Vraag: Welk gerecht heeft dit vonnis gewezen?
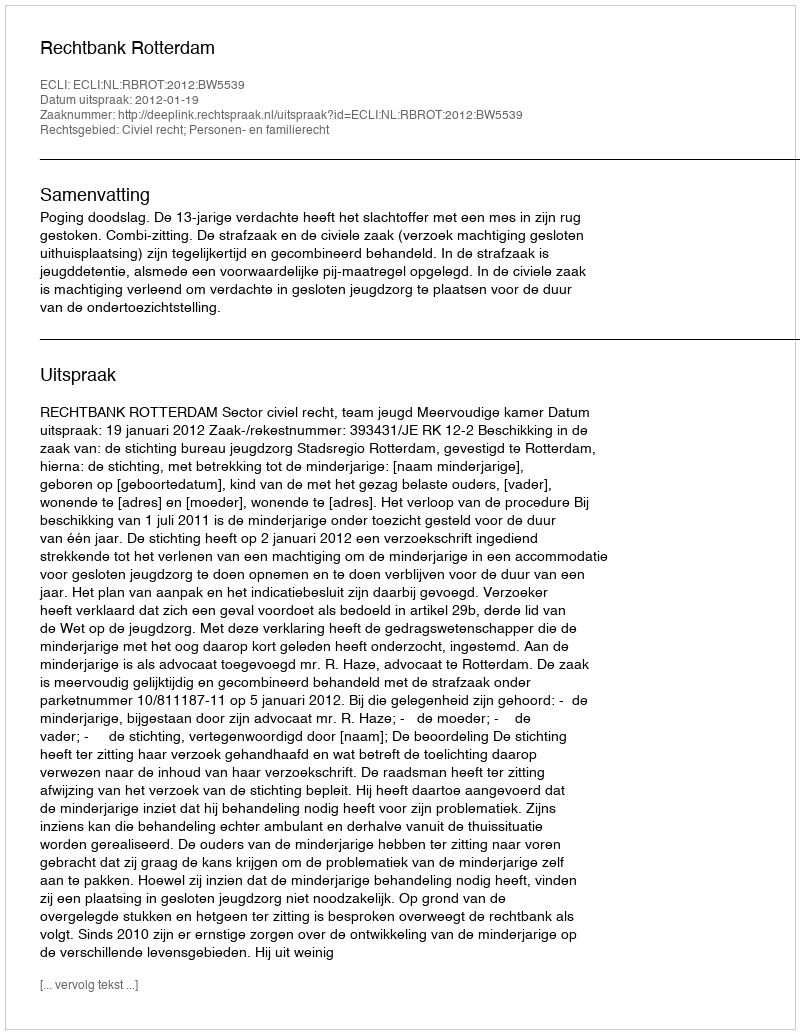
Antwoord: Rechtbank Rotterdam